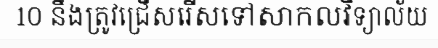
10 នឹងត្រូវជ្រើសរើសទៅសាកលវិទ្យាល័យ